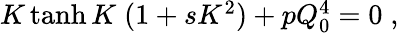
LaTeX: \begin{array}{r}{K\operatorname{tanh}K\; (1+sK^{2})+pQ_{0}^{4}=0\; ,}\end{array}